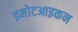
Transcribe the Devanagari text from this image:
इमोटआइकन